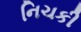
નિચકી